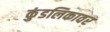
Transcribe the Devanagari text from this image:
कुंडलिकावर